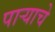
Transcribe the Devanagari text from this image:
पाऱ्याचे